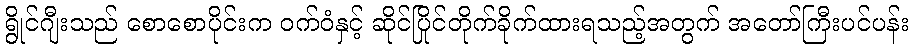
ရွိုင်ဂျီးသည် စောစောပိုင်းက ဝက်ဝံနှင့် ဆိုင်ပြိုင်တိုက်ခိုက်ထားရသည့်အတွက် အတော်ကြီးပင်ပန်း